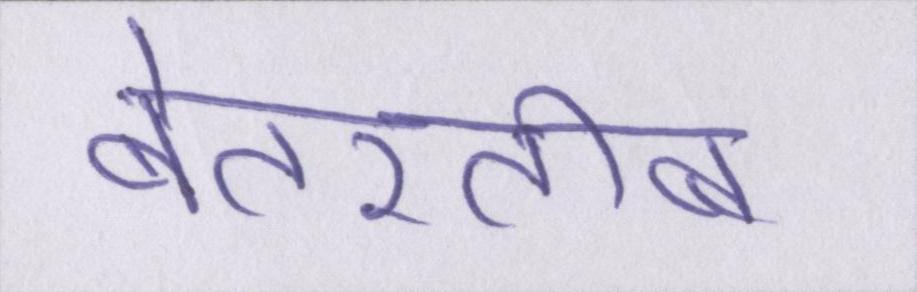
बेतरतीब